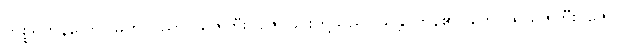
ကစ္စရှိကုန်သော။ မဟာပညာ၊ ယဇ်ကြီးပူဇော်ခြင်းတို့သည်။ သန္တိ၊ ကုန်၏။ တေ၊ ထိုယဇ်ကြီးပူဇော်